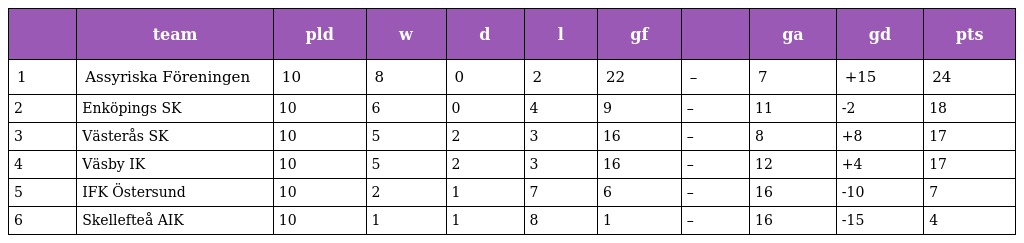
|  | team | pld | w | d | l | gf |  | ga | gd | pts |
 | --- | --- | --- | --- | --- | --- | --- | --- | --- | --- | --- |
 | 1 | Assyriska Föreningen | 10 | 8 | 0 | 2 | 22 | – | 7 | +15 | 24 |
 | 2 | Enköpings SK | 10 | 6 | 0 | 4 | 9 | – | 11 | -2 | 18 |
 | 3 | Västerås SK | 10 | 5 | 2 | 3 | 16 | – | 8 | +8 | 17 |
 | 4 | Väsby IK | 10 | 5 | 2 | 3 | 16 | – | 12 | +4 | 17 |
 | 5 | IFK Östersund | 10 | 2 | 1 | 7 | 6 | – | 16 | -10 | 7 |
 | 6 | Skellefteå AIK | 10 | 1 | 1 | 8 | 1 | – | 16 | -15 | 4 |